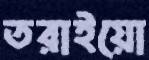
তরাইয়ো